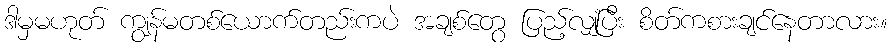
ဒါမှမဟုတ် ကျွန်မတစ်ယောက်တည်းကပဲ အချစ်တွေ ပြည့်လျှံပြီး စိတ်ကစားချင်နေတာလား။